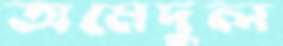
অমেদুল